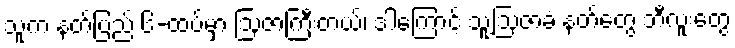
သူက နတ်ပြည် ၆-ထပ်မှာ ဩဇာကြီးတယ်၊ ဒါကြောင့် သူ့ဩဇာခံ နတ်တွေ ဘီလူးတွေ